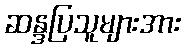
ဆန္ဒပြသူများအား